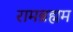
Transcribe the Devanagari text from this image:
रामब्रह्मम